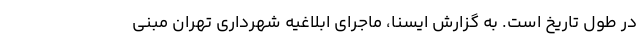
در طول تاریخ است. به گزارش ایسنا، ماجرای ابلاغیه شهرداری تهران مبنی